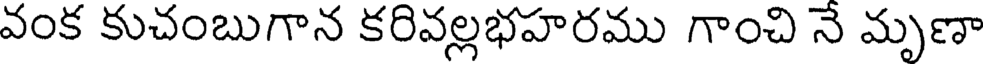
వంక కుచంబుగాన కరివల్లభహరము గాంచి నే మృణా